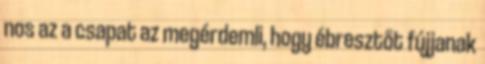
nos az a csapat az megérdemli, hogy ébresztőt fújjanak